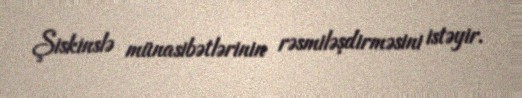
Şiskinslə münasibətlərinin rəsmiləşdirməsini istəyir.